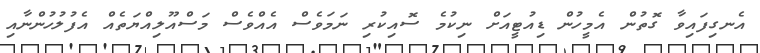
އެނގިފައިވާ ގޮތުން އެމީހުން ޑިއުޓީއަށް ނިކުމެ ސޮއިކުރި ނަމަވެސް އެއްވެސް މަސްއޫލިއްޔަތެއް އެފުލުހުންނާއި